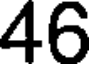
46